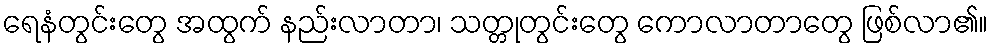
ရေနံတွင်းတွေ အထွက် နည်းလာတာ၊ သတ္တုတွင်းတွေ ကောလာတာတွေ ဖြစ်လာ၏။